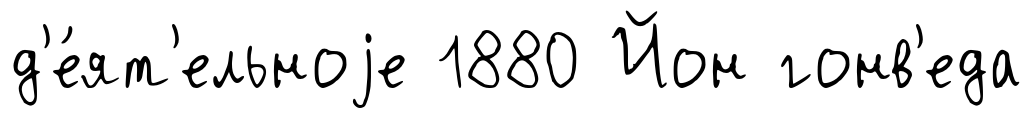
д'е́ят'ельноjе 1880 Йон гонв'еда